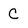
Character: C